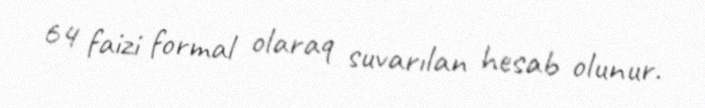
64 faizi formal olaraq suvarılan hesab olunur.